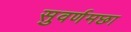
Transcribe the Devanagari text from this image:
सुवर्णमछा